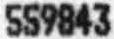
559843